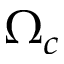
\Omega _ { c }